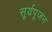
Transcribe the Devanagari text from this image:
सूर्यपूजन